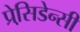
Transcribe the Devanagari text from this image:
प्रेसि़डेन्सी